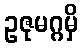
ဥဇုမဂ္ဂမှိ